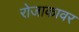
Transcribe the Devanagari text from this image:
रोजाकावर